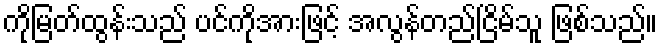
ကိုမြတ်ထွန်းသည် ပင်ကိုအားဖြင့် အလွန်တည်ငြိမ်သူ ဖြစ်သည်။